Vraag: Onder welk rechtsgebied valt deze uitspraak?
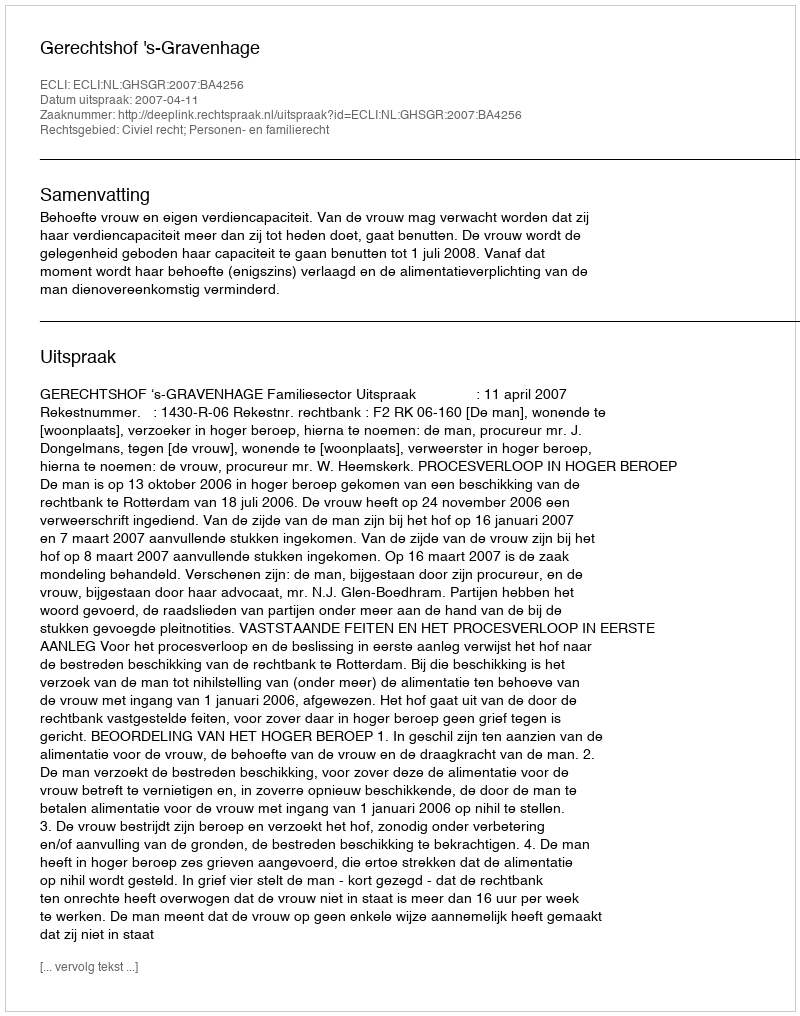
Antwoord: Civiel recht; Personen- en familierecht